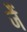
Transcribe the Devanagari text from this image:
जैं